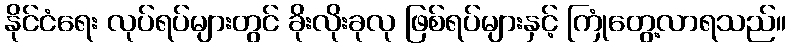
နိုင်ငံရေး လုပ်ရပ်များတွင် ခိုးလိုးခုလု ဖြစ်ရပ်များနှင့် ကြုံတွေ့လာရသည်။